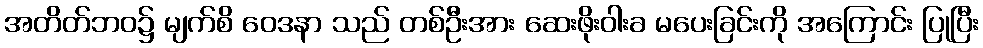
အတိတ်ဘဝ၌ မျက်စိ ဝေဒနာ သည် တစ်ဦးအား ဆေးဖိုးဝါးခ မပေးခြင်းကို အကြောင်း ပြုပြီး